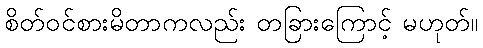
စိတ်ဝင်စားမိတာကလည်း တခြားကြောင့် မဟုတ်။